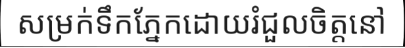
សម្រក់ទឹកភ្នែកដោយរំជួលចិត្តនៅ